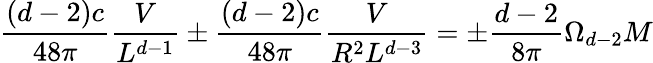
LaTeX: \frac{\left(d-2\right)c}{48\pi}\frac{V}{L^{d-1}}\pm\frac{\left(d-2\right)c}{48\pi}\frac{V}{R^{2}L^{d-3}}=\pm\frac{d-2}{8\pi}\Omega_{d-2}M